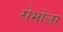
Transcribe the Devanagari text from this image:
रोमोला